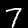
Digit: 7